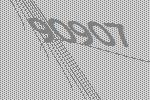
90907